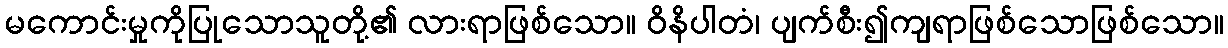
မကောင်းမှုကိုပြုသောသူတို့၏ လားရာဖြစ်သော။ ဝိနိပါတံ၊ ပျက်စီး၍ကျရာဖြစ်သောဖြစ်သော။